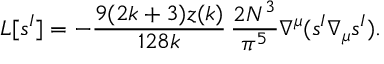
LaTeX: L [ s ^ { I } ] = - \frac { 9 ( 2 k + 3 ) z ( k ) } { 1 2 8 k } \, \frac { 2 N ^ { 3 } } { \pi ^ { 5 } } \nabla ^ { \mu } ( s ^ { I } \nabla _ { \mu } s ^ { I } ) .